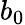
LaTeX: b_{0}